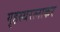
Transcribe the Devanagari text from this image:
गृहस्थरत्नाकर